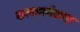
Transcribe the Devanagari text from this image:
कलामर्मज्ञता